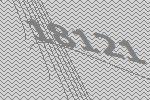
18121